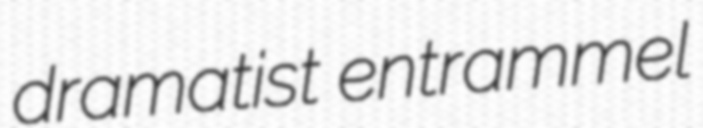
dramatist entrammel